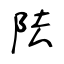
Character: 阹